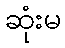
ဆုံးမ